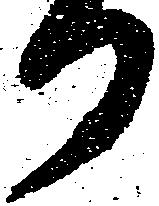
日